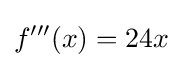
f'''(x)=24x